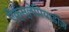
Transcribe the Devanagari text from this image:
ऐक्स्लेपियाडीज़